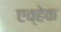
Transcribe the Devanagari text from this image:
एव्हेक